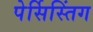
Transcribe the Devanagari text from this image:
पेर्सिस्तिंग